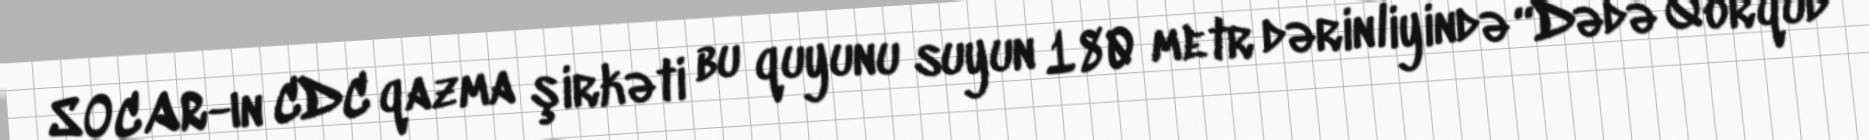
SOCAR-ın CDC qazma şirkəti bu quyunu suyun 180 metr dərinliyində “Dədə Qorqud”